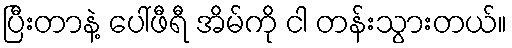
ပြီးတာနဲ့ ပေါ်ဖီရီ အိမ်ကို ငါ တန်းသွားတယ်။